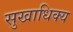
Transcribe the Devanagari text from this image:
सुखाधिक्य